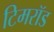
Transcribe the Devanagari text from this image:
टिमरॉड